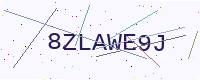
Text: 8ZLAWE9J